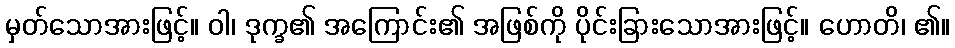
မှတ်သောအားဖြင့်။ ဝါ၊ ဒုက္ခ၏ အကြောင်း၏ အဖြစ်ကို ပိုင်းခြားသောအားဖြင့်။ ဟောတိ၊ ၏။